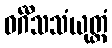
ဝင်္ဂီသသံယုတ္တံ